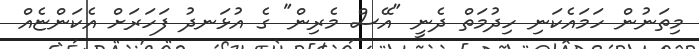
މިތަނުން ހަމައެކަނި ހިދުމަތް ދެނީ "އޭސް މެރިން" ގެ އުޅަނދު ފަހަރަށް އެކަންޏެއް